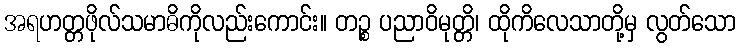
အရဟတ္တဖိုလ်သမာဓိကိုလည်းကောင်း။ တဉ္စ ပညာဝိမုတ္တိ၊ ထိုကိလေသာတို့မှ လွတ်သော